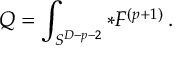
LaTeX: Q = \int _ { S ^ { D - p - 2 } } * F ^ { ( p + 1 ) } \, .